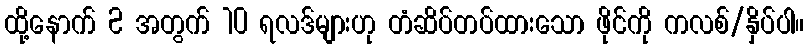
ထို့နောက် 2 အတွက် 10 ရလဒ်များဟု တံဆိပ်တပ်ထားသော ဖိုင်ကို ကလစ်/နှိပ်ပါ။